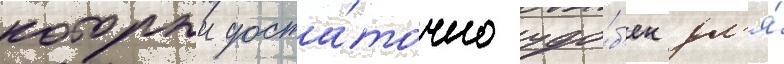
которыи доста́точно удо́б'ен дл'я́